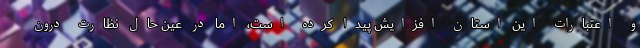
و اعتبارات این استان افزایش پیدا کرده است، اما در عین حال نظارت درون